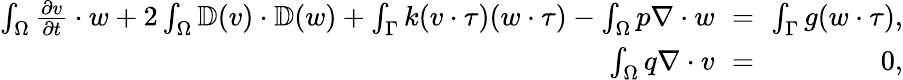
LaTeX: \begin{array}{rlr}{\int_{\Omega}\frac{\partial v}{\partial t}\cdot w+2\int_{\Omega}\mathbb{D}(v)\cdot\mathbb{D}(w)+\int_{\Gamma}k(v\cdot\tau)(w\cdot\tau)-\int_{\Omega}p\nabla\cdot w}&{{}\! \! \! \! =\! \! \! \! }&{\int_{\Gamma}g(w\cdot\tau),}\\ {\int_{\Omega}q\nabla\cdot v}&{{}\! \! \! \! =\! \! \! \! }&{0,}\end{array}